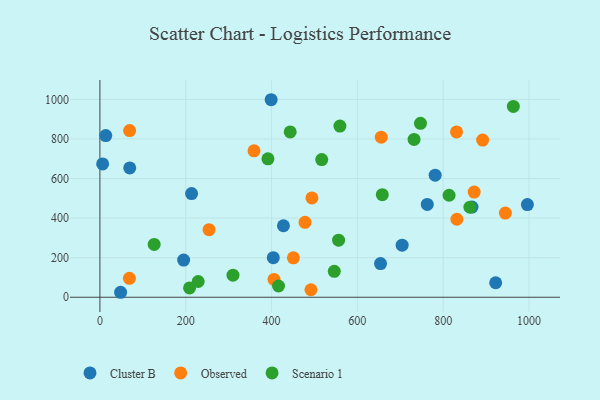
{"axis": {"x": "Price", "y": "Profit"}, "legend": ["Cluster B", "Observed", "Scenario 1"], "data": [{"x": "213.6", "y": 524.2, "type": "Cluster B"}, {"x": "762.9", "y": 469.0, "type": "Cluster B"}, {"x": "13.6", "y": 817.3, "type": "Cluster B"}, {"x": "6.3", "y": 673.9, "type": "Cluster B"}, {"x": "781.3", "y": 617.1, "type": "Cluster B"}, {"x": "654.0", "y": 170.2, "type": "Cluster B"}, {"x": "69.5", "y": 653.6, "type": "Cluster B"}, {"x": "399.0", "y": 998.3, "type": "Cluster B"}, {"x": "867.1", "y": 455.8, "type": "Cluster B"}, {"x": "996.2", "y": 468.5, "type": "Cluster B"}, {"x": "922.3", "y": 73.2, "type": "Cluster B"}, {"x": "195.1", "y": 188.0, "type": "Cluster B"}, {"x": "404.0", "y": 200.0, "type": "Cluster B"}, {"x": "48.2", "y": 25.1, "type": "Cluster B"}, {"x": "704.3", "y": 263.4, "type": "Cluster B"}, {"x": "427.7", "y": 361.4, "type": "Cluster B"}, {"x": "831.9", "y": 394.2, "type": "Observed"}, {"x": "478.0", "y": 378.5, "type": "Observed"}, {"x": "450.9", "y": 199.2, "type": "Observed"}, {"x": "891.9", "y": 794.6, "type": "Observed"}, {"x": "491.8", "y": 37.9, "type": "Observed"}, {"x": "944.9", "y": 425.5, "type": "Observed"}, {"x": "359.1", "y": 740.1, "type": "Observed"}, {"x": "655.7", "y": 809.0, "type": "Observed"}, {"x": "68.7", "y": 95.6, "type": "Observed"}, {"x": "494.1", "y": 502.2, "type": "Observed"}, {"x": "872.2", "y": 531.7, "type": "Observed"}, {"x": "69.2", "y": 842.4, "type": "Observed"}, {"x": "831.1", "y": 835.8, "type": "Observed"}, {"x": "254.3", "y": 341.7, "type": "Observed"}, {"x": "405.7", "y": 89.9, "type": "Observed"}, {"x": "546.2", "y": 131.2, "type": "Scenario 1"}, {"x": "559.3", "y": 865.1, "type": "Scenario 1"}, {"x": "416.2", "y": 56.8, "type": "Scenario 1"}, {"x": "310.1", "y": 111.4, "type": "Scenario 1"}, {"x": "813.7", "y": 515.6, "type": "Scenario 1"}, {"x": "963.5", "y": 964.4, "type": "Scenario 1"}, {"x": "126.4", "y": 266.8, "type": "Scenario 1"}, {"x": "732.1", "y": 797.6, "type": "Scenario 1"}, {"x": "443.4", "y": 835.3, "type": "Scenario 1"}, {"x": "208.9", "y": 47.1, "type": "Scenario 1"}, {"x": "658.1", "y": 518.3, "type": "Scenario 1"}, {"x": "862.3", "y": 455.2, "type": "Scenario 1"}, {"x": "556.2", "y": 288.3, "type": "Scenario 1"}, {"x": "516.9", "y": 695.7, "type": "Scenario 1"}, {"x": "391.6", "y": 699.6, "type": "Scenario 1"}, {"x": "747.1", "y": 879.1, "type": "Scenario 1"}, {"x": "229.0", "y": 79.5, "type": "Scenario 1"}]}